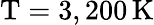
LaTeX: \mathrm{T}=3,200\, \mathrm{K}